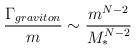
LaTeX: \begin{align*}\frac{\Gamma_{graviton}}{m} \sim \frac{m^{N-2}}{M_*^{N-2}}\end{align*}